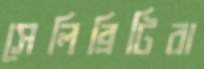
সেলিব্রিটিরা